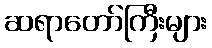
ဆရာတော်ကြီးများ